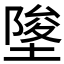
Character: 𡍵